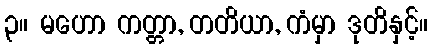
၃။ မဟော ကတ္တာ, တတိယာ, ကံမှာ ဒုတိနှင့်။